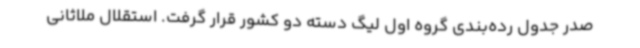
صدر جدول رده‌بندی گروه اول لیگ دسته دو کشور قرار گرفت. استقلال ملاثانی